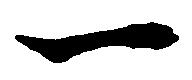
一